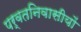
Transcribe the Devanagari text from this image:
पर्वतनिवासीयों